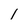
Character: l